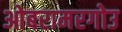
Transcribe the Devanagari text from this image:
ओबरामरगोउ